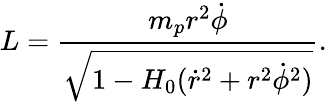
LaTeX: L=\frac{m_{p}r^{2}\dot{\phi}}{\sqrt{1-H_{0}(\dot{r}^{2}+r^{2}\dot{\phi}^{2})}}.